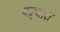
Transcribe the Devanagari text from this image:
बऱ्यात